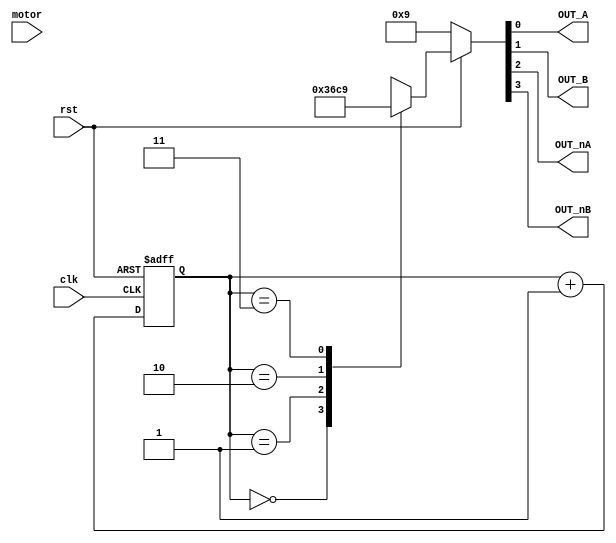
`timescale 1ns / 1ps
//////////////////////////////////////////////////////////////////////////////////
// Company: 
// Engineer: 
// 
// Design Name: 
// Module Name: motor
// Project Name: 
// Target Devices: 
// Tool Versions: 
// Description: 
// 
// Dependencies: 
// 
// Revision:
// Revision 0.01 - File Created
// Additional Comments:
// 
//////////////////////////////////////////////////////////////////////////////////


module motor(clk, rst, motor, OUT_A, OUT_B, OUT_nA, OUT_nB);
   input clk; 
   input rst; 
   input motor; 
   
   output OUT_A; 
   output OUT_B; 
   output OUT_nA; 
   output OUT_nB; 
   
   reg [1:0] m_cnt; 
   reg [3:0] m_pulse; 
   
   always @(posedge clk  or negedge rst) begin 
       if (rst == 1'b0) begin 
           m_cnt <= 0; 
       end 
       else begin 
        if (motor == 0) begin
           m_cnt <= m_cnt + 1; 
       end 
       else begin
           m_cnt <= m_cnt + 1;
       end 
   end
end
    
   always @(m_cnt) begin 
       if(rst == 1'b0) begin 
           m_pulse <= 4'b1001; 
       end 
       else begin 
           case(m_cnt) 
               2'b00 : m_pulse <= 4'b0011; 
               2'b01 : m_pulse <= 4'b0110; 
               2'b10 : m_pulse <= 4'b1100; 
               2'b11 : m_pulse <= 4'b1001; 
           endcase 
       end 
   end 
       assign OUT_A = m_pulse[0]; 
       assign OUT_B = m_pulse[1]; 
       assign OUT_nA = m_pulse[2]; 
       assign OUT_nB = m_pulse[3];
endmodule